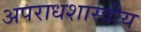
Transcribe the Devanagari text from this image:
अपराधशास्त्रीय